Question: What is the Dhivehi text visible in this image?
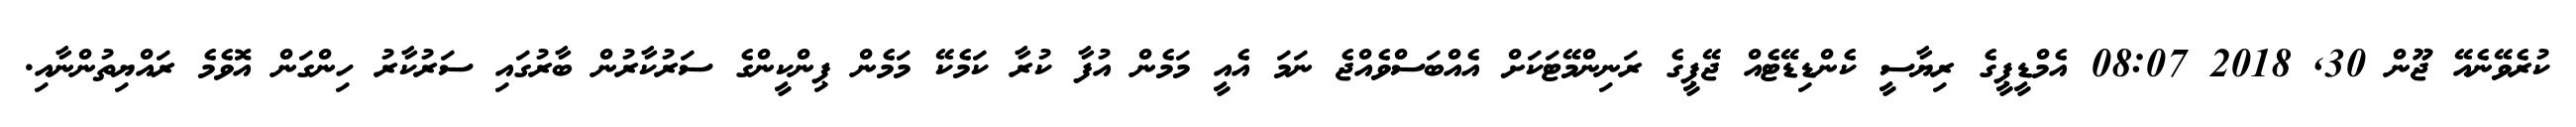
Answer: ކުރެވޭނެއޭ ޖޫން 30, 2018 08:07 އެމްޑީޕީގެ ރިޔާސީ ކެންޑިޑޭޓެއް ޖޭޕީގެ ރަނިންމޭޓަކަށް އެއްބަސްވެއްޖެ ނަމަ އެއީ މަމެން އުފާ ކުރާ ކަމެކޭ މަމެން ޕިންކީންގެ ސަރުކާރުން ބާރުގައި ސަރުކާރު ހިންގަން އޮވެމެ ރައްޔިތުންނާއި.